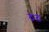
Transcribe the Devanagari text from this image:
ठठ